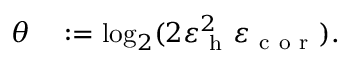
\begin{array} { r l } { \theta } & { { } : = \log _ { 2 } ( 2 \varepsilon _ { \mathrm { ~ h ~ } } ^ { 2 } \varepsilon _ { \mathrm { ~ c ~ o ~ r ~ } } ) . } \end{array}